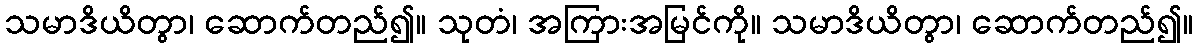
သမာဒိယိတွာ၊ ဆောက်တည်၍။ သုတံ၊ အကြားအမြင်ကို။ သမာဒိယိတွာ၊ ဆောက်တည်၍။